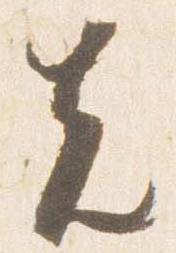
先